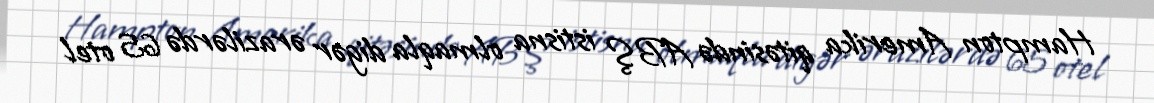
Hampton Amerika qitəsində ABŞ istisna olmaqla digər ərazilərdə 65 otel